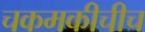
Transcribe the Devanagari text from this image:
चकमकीचीच